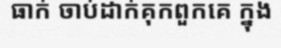
ធាក់ ចាប់ដាក់គុកពួកគេ ក្នុង